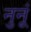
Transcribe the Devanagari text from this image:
नुनूं